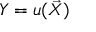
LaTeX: Y = u ( { \vec { X } } )